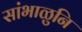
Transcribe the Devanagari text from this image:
सांभाळुनि